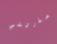
حذرتني